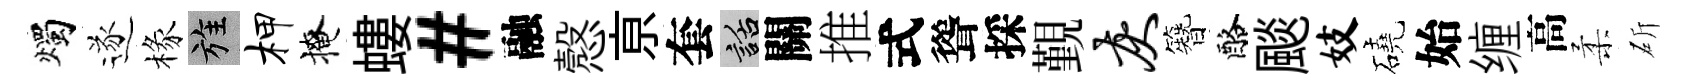
燭遂椽旌柙掩螻#融慤亰套話關推式聳採覲灰簪酪颷妓磽始缠高柔斫